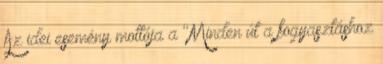
Az idei esemény mottója a "Minden út a fogyasztáshoz